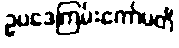
ဥပဒေကြမ်းကော်မတီ